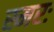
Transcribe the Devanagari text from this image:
स्मरः